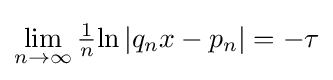
\lim _{n\to \infty }{\tfrac {1}{n}}{\ln |q_{n}x-p_{n}|}=-\tau